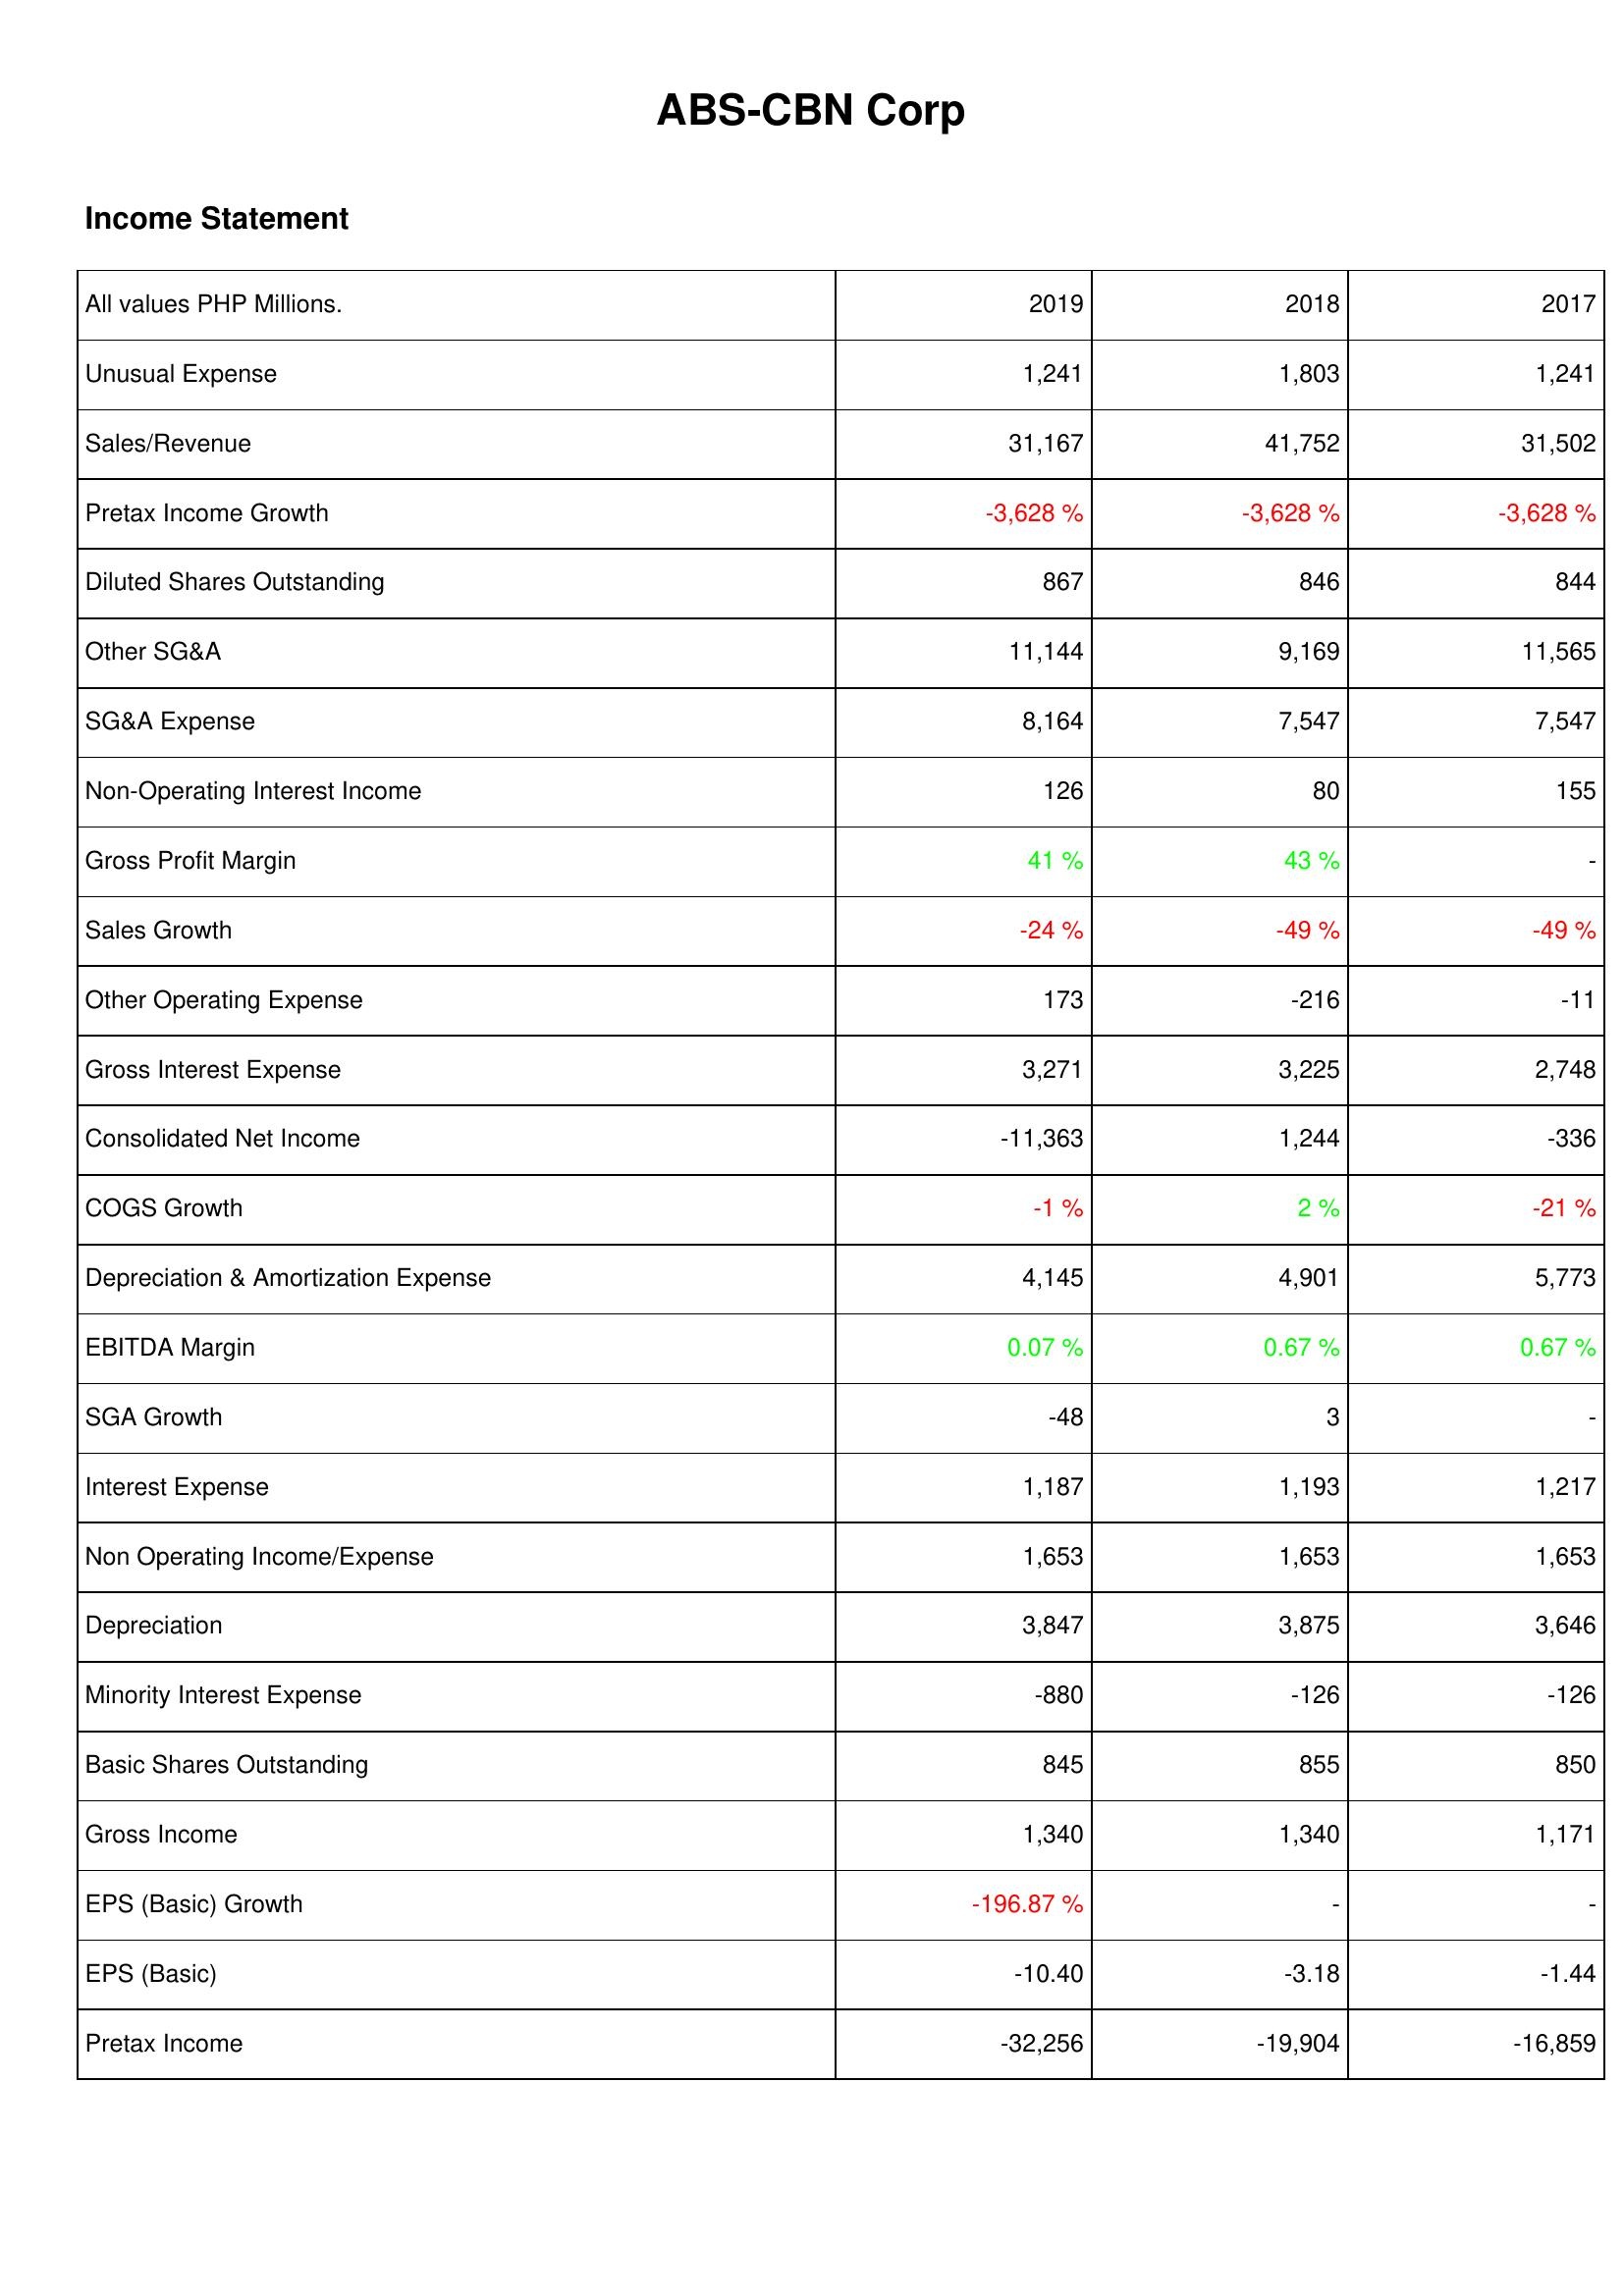
2019: Income Statement: Unusual Expense: 1,241
Sales/Revenue: 31,167
Pretax Income Growth: -3,628 %
Diluted Shares Outstanding: 867
Other SG&A: 11,144
SG&A Expense: 8,164
Non-Operating Interest Income: 126
Gross Profit Margin: 41 %
Sales Growth: -24 %
Other Operating Expense: 173
Gross Interest Expense: 3,271
Consolidated Net Income: -11,363
COGS Growth: -1 %
Depreciation & Amortization Expense: 4,145
EBITDA Margin: 0.07 %
SGA Growth: -48
Interest Expense: 1,187
Non Operating Income/Expense: 1,653
Depreciation: 3,847
Minority Interest Expense: -880
Basic Shares Outstanding: 845
Gross Income: 1,340
EPS (Basic) Growth: -196.87 %
EPS (Basic): -10.40
Pretax Income: -32,256
2018: Income Statement: Unusual Expense: 1,803
Sales/Revenue: 41,752
Pretax Income Growth: -3,628 %
Diluted Shares Outstanding: 846
Other SG&A: 9,169
SG&A Expense: 7,547
Non-Operating Interest Income: 80
Gross Profit Margin: 43 %
Sales Growth: -49 %
Other Operating Expense: -216
Gross Interest Expense: 3,225
Consolidated Net Income: 1,244
COGS Growth: 2 %
Depreciation & Amortization Expense: 4,901
EBITDA Margin: 0.67 %
SGA Growth: 3
Interest Expense: 1,193
Non Operating Income/Expense: 1,653
Depreciation: 3,875
Minority Interest Expense: -126
Basic Shares Outstanding: 855
Gross Income: 1,340
EPS (Basic) Growth: -
EPS (Basic): -3.18
Pretax Income: -19,904
2017: Income Statement: Unusual Expense: 1,241
Sales/Revenue: 31,502
Pretax Income Growth: -3,628 %
Diluted Shares Outstanding: 844
Other SG&A: 11,565
SG&A Expense: 7,547
Non-Operating Interest Income: 155
Gross Profit Margin: -
Sales Growth: -49 %
Other Operating Expense: -11
Gross Interest Expense: 2,748
Consolidated Net Income: -336
COGS Growth: -21 %
Depreciation & Amortization Expense: 5,773
EBITDA Margin: 0.67 %
SGA Growth: -
Interest Expense: 1,217
Non Operating Income/Expense: 1,653
Depreciation: 3,646
Minority Interest Expense: -126
Basic Shares Outstanding: 850
Gross Income: 1,171
EPS (Basic) Growth: -
EPS (Basic): -1.44
Pretax Income: -16,859